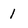
Character: 1